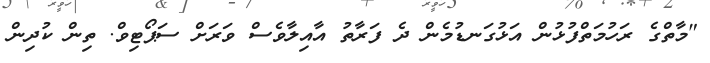
"މާތްގެ ރަހުމަތްފުޅުން އަޅުގަނޑުމެން ދެ ފަރާތު އާއިލާވެސް ވަރަށް ސަޕޯޓިވް. ތިން ކުދިން